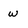
Character: w